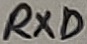
Text: RXD